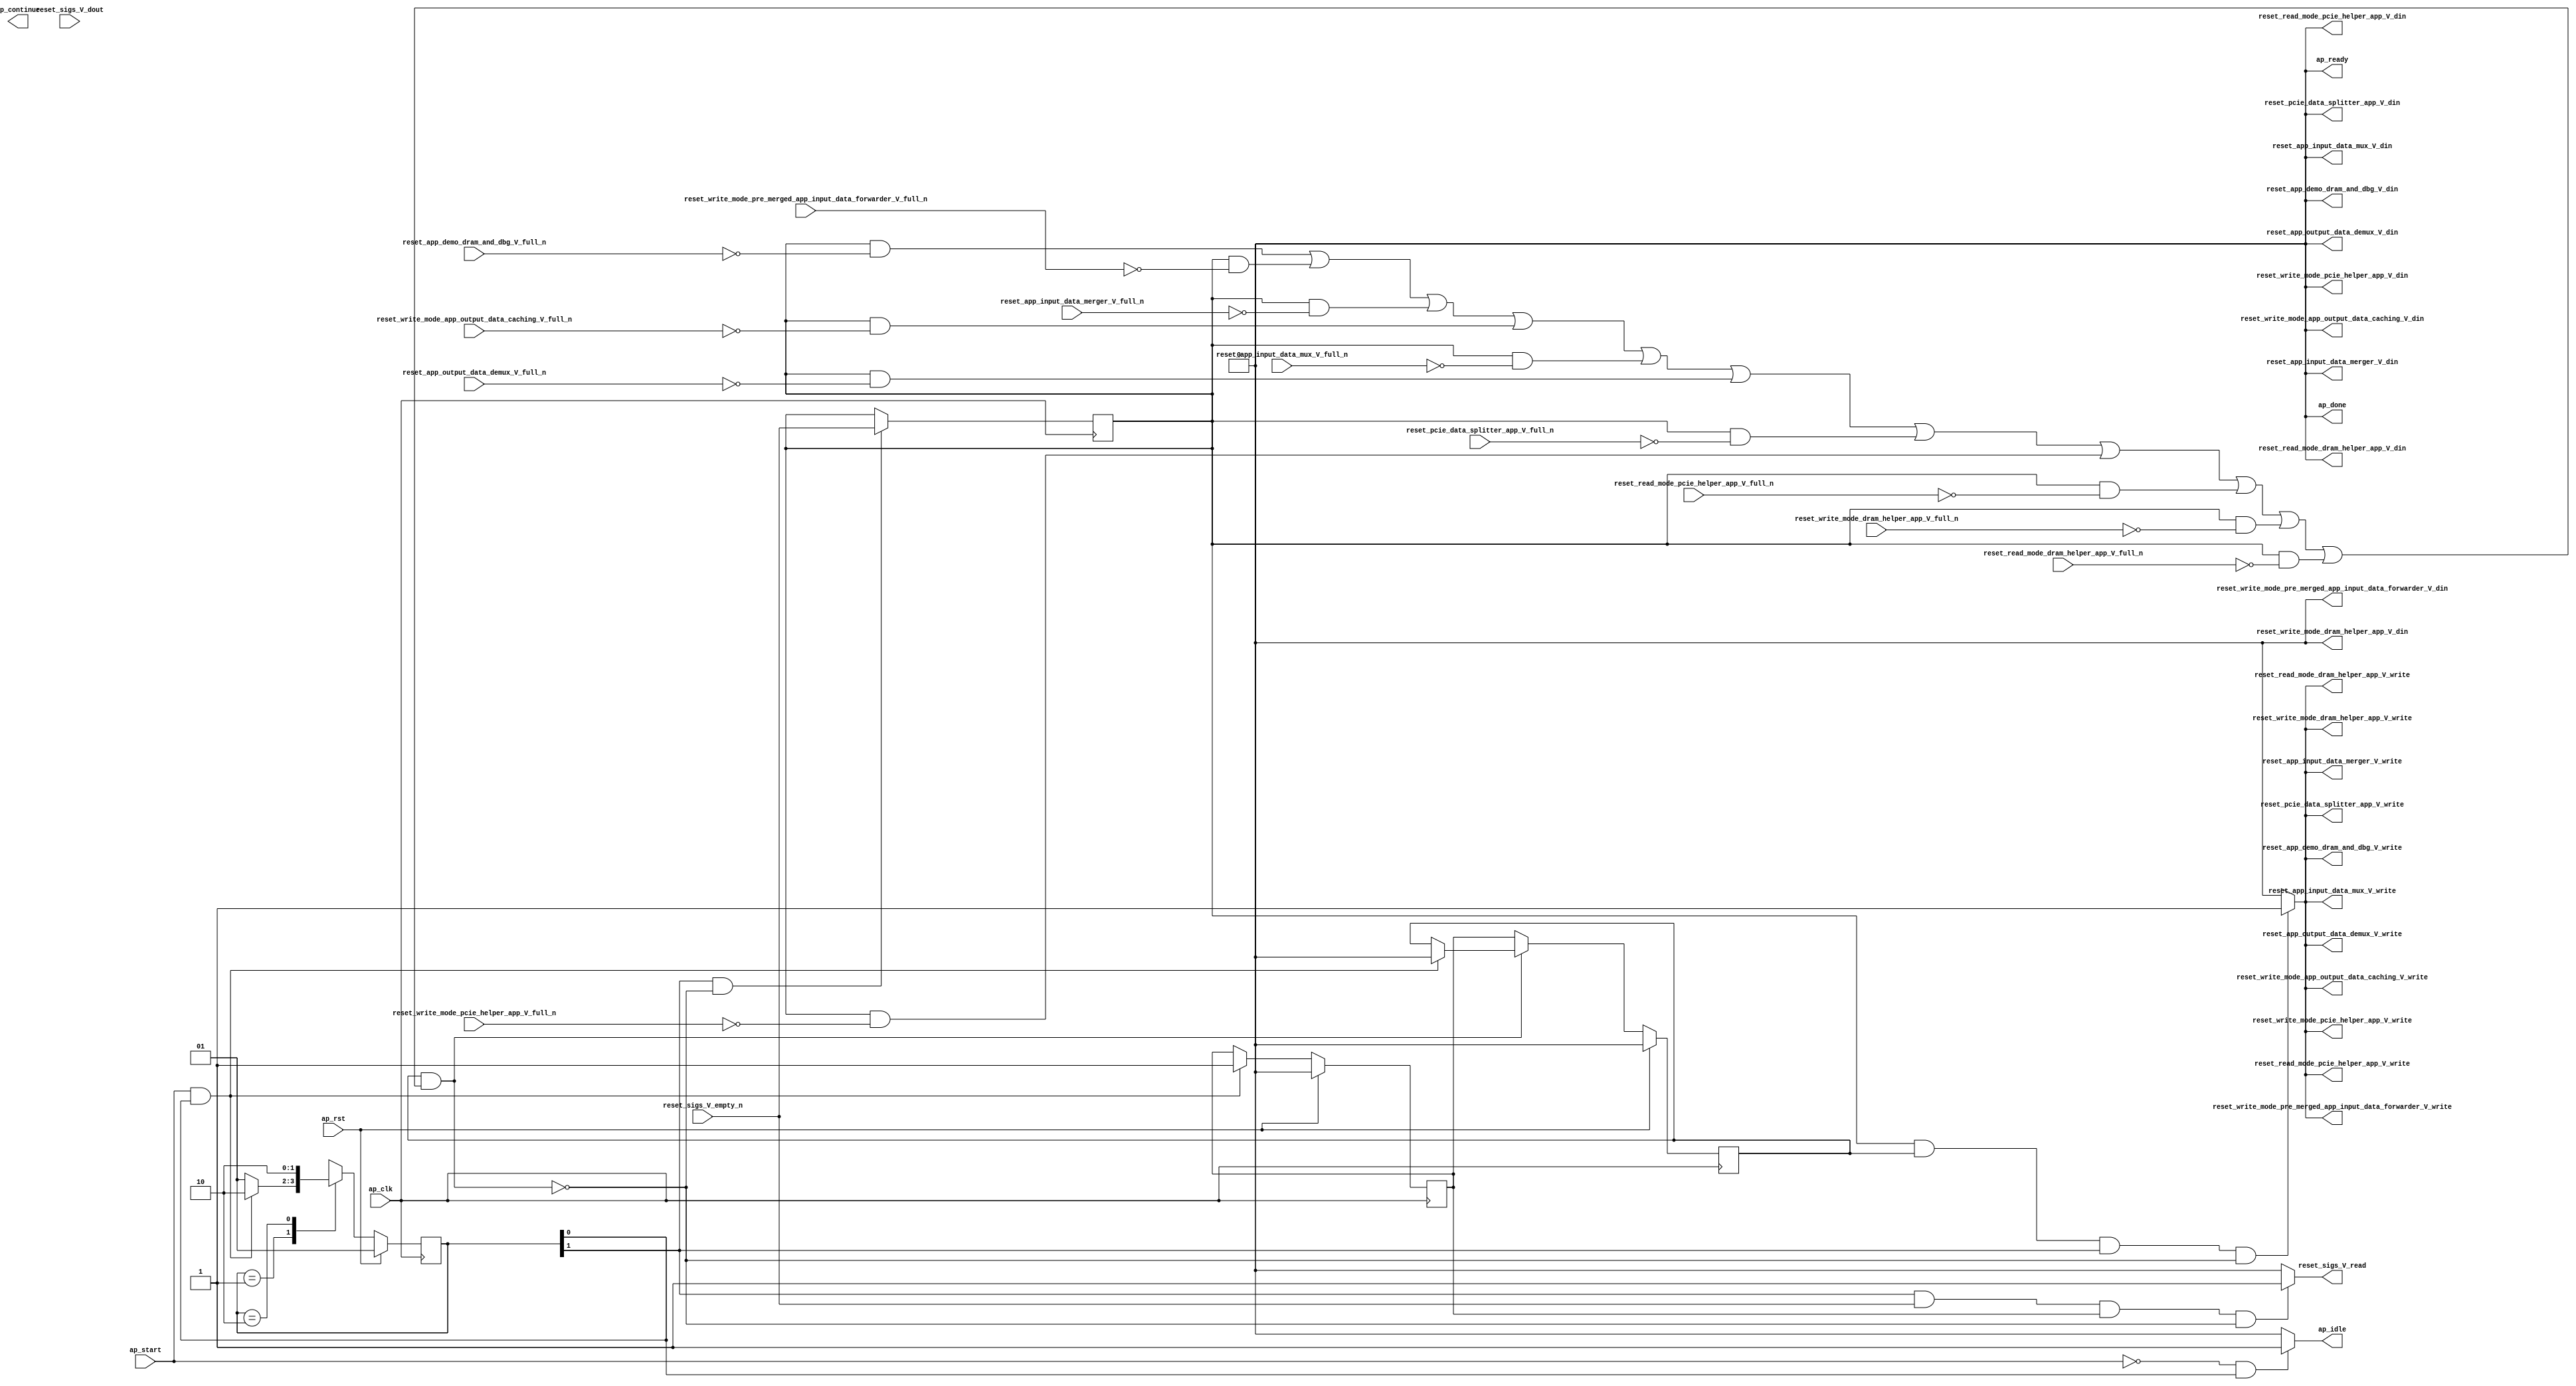
// ==============================================================
// RTL generated by Vivado(TM) HLS - High-Level Synthesis from C, C++ and SystemC
// Version: 2017.4.op
// Copyright (C) 1986-2018 Xilinx, Inc. All Rights Reserved.
// 
// ===========================================================

`timescale 1 ns / 1 ps 

(* CORE_GENERATION_INFO="reset_propaganda,hls_ip_2017_4_op,{HLS_INPUT_TYPE=cxx,HLS_INPUT_FLOAT=0,HLS_INPUT_FIXED=0,HLS_INPUT_PART=xcvu9p-flgb2104-2-i,HLS_INPUT_CLOCK=4.000000,HLS_INPUT_ARCH=others,HLS_SYN_CLOCK=1.458000,HLS_SYN_LAT=-1,HLS_SYN_TPT=none,HLS_SYN_MEM=0,HLS_SYN_DSP=0,HLS_SYN_FF=5,HLS_SYN_LUT=150}" *)

module reset_propaganda (
        ap_clk,
        ap_rst,
        ap_start,
        ap_done,
ap_continue,
        ap_idle,
        ap_ready,
        reset_app_demo_dram_and_dbg_V_din,
        reset_app_demo_dram_and_dbg_V_full_n,
        reset_app_demo_dram_and_dbg_V_write,
        reset_sigs_V_dout,
        reset_sigs_V_empty_n,
        reset_sigs_V_read,
        reset_read_mode_dram_helper_app_V_din,
        reset_read_mode_dram_helper_app_V_full_n,
        reset_read_mode_dram_helper_app_V_write,
        reset_write_mode_dram_helper_app_V_din,
        reset_write_mode_dram_helper_app_V_full_n,
        reset_write_mode_dram_helper_app_V_write,
        reset_read_mode_pcie_helper_app_V_din,
        reset_read_mode_pcie_helper_app_V_full_n,
        reset_read_mode_pcie_helper_app_V_write,
        reset_write_mode_pcie_helper_app_V_din,
        reset_write_mode_pcie_helper_app_V_full_n,
        reset_write_mode_pcie_helper_app_V_write,
        reset_pcie_data_splitter_app_V_din,
        reset_pcie_data_splitter_app_V_full_n,
        reset_pcie_data_splitter_app_V_write,
        reset_app_output_data_demux_V_din,
        reset_app_output_data_demux_V_full_n,
        reset_app_output_data_demux_V_write,
        reset_app_input_data_mux_V_din,
        reset_app_input_data_mux_V_full_n,
        reset_app_input_data_mux_V_write,
        reset_write_mode_app_output_data_caching_V_din,
        reset_write_mode_app_output_data_caching_V_full_n,
        reset_write_mode_app_output_data_caching_V_write,
        reset_app_input_data_merger_V_din,
        reset_app_input_data_merger_V_full_n,
        reset_app_input_data_merger_V_write,
        reset_write_mode_pre_merged_app_input_data_forwarder_V_din,
        reset_write_mode_pre_merged_app_input_data_forwarder_V_full_n,
        reset_write_mode_pre_merged_app_input_data_forwarder_V_write
);

parameter    ap_ST_fsm_state1 = 2'd1;
parameter    ap_ST_fsm_pp0_stage0 = 2'd2;

input   ap_clk;
input   ap_rst;
input   ap_start;
output   ap_done;
output   ap_idle;
output ap_ready; output ap_continue;
output   reset_app_demo_dram_and_dbg_V_din;
input   reset_app_demo_dram_and_dbg_V_full_n;
output   reset_app_demo_dram_and_dbg_V_write;
input   reset_sigs_V_dout;
input   reset_sigs_V_empty_n;
output   reset_sigs_V_read;
output   reset_read_mode_dram_helper_app_V_din;
input   reset_read_mode_dram_helper_app_V_full_n;
output   reset_read_mode_dram_helper_app_V_write;
output   reset_write_mode_dram_helper_app_V_din;
input   reset_write_mode_dram_helper_app_V_full_n;
output   reset_write_mode_dram_helper_app_V_write;
output   reset_read_mode_pcie_helper_app_V_din;
input   reset_read_mode_pcie_helper_app_V_full_n;
output   reset_read_mode_pcie_helper_app_V_write;
output   reset_write_mode_pcie_helper_app_V_din;
input   reset_write_mode_pcie_helper_app_V_full_n;
output   reset_write_mode_pcie_helper_app_V_write;
output   reset_pcie_data_splitter_app_V_din;
input   reset_pcie_data_splitter_app_V_full_n;
output   reset_pcie_data_splitter_app_V_write;
output   reset_app_output_data_demux_V_din;
input   reset_app_output_data_demux_V_full_n;
output   reset_app_output_data_demux_V_write;
output   reset_app_input_data_mux_V_din;
input   reset_app_input_data_mux_V_full_n;
output   reset_app_input_data_mux_V_write;
output   reset_write_mode_app_output_data_caching_V_din;
input   reset_write_mode_app_output_data_caching_V_full_n;
output   reset_write_mode_app_output_data_caching_V_write;
output   reset_app_input_data_merger_V_din;
input   reset_app_input_data_merger_V_full_n;
output   reset_app_input_data_merger_V_write;
output   reset_write_mode_pre_merged_app_input_data_forwarder_V_din;
input   reset_write_mode_pre_merged_app_input_data_forwarder_V_full_n;
output   reset_write_mode_pre_merged_app_input_data_forwarder_V_write;

reg ap_idle;
reg reset_app_demo_dram_and_dbg_V_write;
reg reset_sigs_V_read;
reg reset_read_mode_dram_helper_app_V_write;
reg reset_write_mode_dram_helper_app_V_write;
reg reset_read_mode_pcie_helper_app_V_write;
reg reset_write_mode_pcie_helper_app_V_write;
reg reset_pcie_data_splitter_app_V_write;
reg reset_app_output_data_demux_V_write;
reg reset_app_input_data_mux_V_write;
reg reset_write_mode_app_output_data_caching_V_write;
reg reset_app_input_data_merger_V_write;
reg reset_write_mode_pre_merged_app_input_data_forwarder_V_write;

(* fsm_encoding = "none" *) reg   [1:0] ap_CS_fsm;
wire    ap_CS_fsm_state1;
reg    reset_app_demo_dram_and_dbg_V_blk_n;
wire    ap_CS_fsm_pp0_stage0;
reg    ap_enable_reg_pp0_iter1;
wire    ap_block_pp0_stage0;
reg   [0:0] empty_n_reg_302;
reg    reset_read_mode_dram_helper_app_V_blk_n;
reg    reset_write_mode_dram_helper_app_V_blk_n;
reg    reset_read_mode_pcie_helper_app_V_blk_n;
reg    reset_write_mode_pcie_helper_app_V_blk_n;
reg    reset_pcie_data_splitter_app_V_blk_n;
reg    reset_app_output_data_demux_V_blk_n;
reg    reset_app_input_data_mux_V_blk_n;
reg    reset_write_mode_app_output_data_caching_V_blk_n;
reg    reset_app_input_data_merger_V_blk_n;
reg    reset_write_mode_pre_merged_app_input_data_forwarder_V_blk_n;
wire    ap_block_state2_pp0_stage0_iter0;
reg    ap_block_state3_pp0_stage0_iter1;
reg    ap_block_pp0_stage0_11001;
reg    ap_enable_reg_pp0_iter0;
reg    ap_block_pp0_stage0_subdone;
reg    ap_block_pp0_stage0_01001;
reg   [1:0] ap_NS_fsm;
reg    ap_idle_pp0;
wire    ap_enable_pp0;

// power-on initialization
initial begin
#0 ap_CS_fsm = 2'd1;
#0 ap_enable_reg_pp0_iter1 = 1'b0;
#0 ap_enable_reg_pp0_iter0 = 1'b0;
end

always @ (posedge ap_clk) begin
    if (ap_rst == 1'b1) begin
        ap_CS_fsm <= ap_ST_fsm_state1;
    end else begin
        ap_CS_fsm <= ap_NS_fsm;
    end
end

always @ (posedge ap_clk) begin
    if (ap_rst == 1'b1) begin
        ap_enable_reg_pp0_iter0 <= 1'b0;
    end else begin
        if (((ap_start == 1'b1) & (1'b1 == ap_CS_fsm_state1))) begin
            ap_enable_reg_pp0_iter0 <= 1'b1;
        end
    end
end

always @ (posedge ap_clk) begin
    if (ap_rst == 1'b1) begin
        ap_enable_reg_pp0_iter1 <= 1'b0;
    end else begin
        if ((1'b0 == ap_block_pp0_stage0_subdone)) begin
            ap_enable_reg_pp0_iter1 <= ap_enable_reg_pp0_iter0;
        end else if (((ap_start == 1'b1) & (1'b1 == ap_CS_fsm_state1))) begin
            ap_enable_reg_pp0_iter1 <= 1'b0;
        end
    end
end

always @ (posedge ap_clk) begin
    if (((1'b1 == ap_CS_fsm_pp0_stage0) & (1'b0 == ap_block_pp0_stage0_11001))) begin
        empty_n_reg_302 <= reset_sigs_V_empty_n;
    end
end

always @ (*) begin
    if (((ap_start == 1'b0) & (1'b1 == ap_CS_fsm_state1))) begin
        ap_idle = 1'b1;
    end else begin
        ap_idle = 1'b0;
    end
end

always @ (*) begin
    if (((ap_enable_reg_pp0_iter1 == 1'b0) & (ap_enable_reg_pp0_iter0 == 1'b0))) begin
        ap_idle_pp0 = 1'b1;
    end else begin
        ap_idle_pp0 = 1'b0;
    end
end

always @ (*) begin
    if (((empty_n_reg_302 == 1'd1) & (1'b0 == ap_block_pp0_stage0) & (ap_enable_reg_pp0_iter1 == 1'b1) & (1'b1 == ap_CS_fsm_pp0_stage0))) begin
        reset_app_demo_dram_and_dbg_V_blk_n = reset_app_demo_dram_and_dbg_V_full_n;
    end else begin
        reset_app_demo_dram_and_dbg_V_blk_n = 1'b1;
    end
end

always @ (*) begin
    if (((empty_n_reg_302 == 1'd1) & (ap_enable_reg_pp0_iter1 == 1'b1) & (1'b1 == ap_CS_fsm_pp0_stage0) & (1'b0 == ap_block_pp0_stage0_11001))) begin
        reset_app_demo_dram_and_dbg_V_write = 1'b1;
    end else begin
        reset_app_demo_dram_and_dbg_V_write = 1'b0;
    end
end

always @ (*) begin
    if (((empty_n_reg_302 == 1'd1) & (1'b0 == ap_block_pp0_stage0) & (ap_enable_reg_pp0_iter1 == 1'b1) & (1'b1 == ap_CS_fsm_pp0_stage0))) begin
        reset_app_input_data_merger_V_blk_n = reset_app_input_data_merger_V_full_n;
    end else begin
        reset_app_input_data_merger_V_blk_n = 1'b1;
    end
end

always @ (*) begin
    if (((empty_n_reg_302 == 1'd1) & (ap_enable_reg_pp0_iter1 == 1'b1) & (1'b1 == ap_CS_fsm_pp0_stage0) & (1'b0 == ap_block_pp0_stage0_11001))) begin
        reset_app_input_data_merger_V_write = 1'b1;
    end else begin
        reset_app_input_data_merger_V_write = 1'b0;
    end
end

always @ (*) begin
    if (((empty_n_reg_302 == 1'd1) & (1'b0 == ap_block_pp0_stage0) & (ap_enable_reg_pp0_iter1 == 1'b1) & (1'b1 == ap_CS_fsm_pp0_stage0))) begin
        reset_app_input_data_mux_V_blk_n = reset_app_input_data_mux_V_full_n;
    end else begin
        reset_app_input_data_mux_V_blk_n = 1'b1;
    end
end

always @ (*) begin
    if (((empty_n_reg_302 == 1'd1) & (ap_enable_reg_pp0_iter1 == 1'b1) & (1'b1 == ap_CS_fsm_pp0_stage0) & (1'b0 == ap_block_pp0_stage0_11001))) begin
        reset_app_input_data_mux_V_write = 1'b1;
    end else begin
        reset_app_input_data_mux_V_write = 1'b0;
    end
end

always @ (*) begin
    if (((empty_n_reg_302 == 1'd1) & (1'b0 == ap_block_pp0_stage0) & (ap_enable_reg_pp0_iter1 == 1'b1) & (1'b1 == ap_CS_fsm_pp0_stage0))) begin
        reset_app_output_data_demux_V_blk_n = reset_app_output_data_demux_V_full_n;
    end else begin
        reset_app_output_data_demux_V_blk_n = 1'b1;
    end
end

always @ (*) begin
    if (((empty_n_reg_302 == 1'd1) & (ap_enable_reg_pp0_iter1 == 1'b1) & (1'b1 == ap_CS_fsm_pp0_stage0) & (1'b0 == ap_block_pp0_stage0_11001))) begin
        reset_app_output_data_demux_V_write = 1'b1;
    end else begin
        reset_app_output_data_demux_V_write = 1'b0;
    end
end

always @ (*) begin
    if (((empty_n_reg_302 == 1'd1) & (1'b0 == ap_block_pp0_stage0) & (ap_enable_reg_pp0_iter1 == 1'b1) & (1'b1 == ap_CS_fsm_pp0_stage0))) begin
        reset_pcie_data_splitter_app_V_blk_n = reset_pcie_data_splitter_app_V_full_n;
    end else begin
        reset_pcie_data_splitter_app_V_blk_n = 1'b1;
    end
end

always @ (*) begin
    if (((empty_n_reg_302 == 1'd1) & (ap_enable_reg_pp0_iter1 == 1'b1) & (1'b1 == ap_CS_fsm_pp0_stage0) & (1'b0 == ap_block_pp0_stage0_11001))) begin
        reset_pcie_data_splitter_app_V_write = 1'b1;
    end else begin
        reset_pcie_data_splitter_app_V_write = 1'b0;
    end
end

always @ (*) begin
    if (((empty_n_reg_302 == 1'd1) & (1'b0 == ap_block_pp0_stage0) & (ap_enable_reg_pp0_iter1 == 1'b1) & (1'b1 == ap_CS_fsm_pp0_stage0))) begin
        reset_read_mode_dram_helper_app_V_blk_n = reset_read_mode_dram_helper_app_V_full_n;
    end else begin
        reset_read_mode_dram_helper_app_V_blk_n = 1'b1;
    end
end

always @ (*) begin
    if (((empty_n_reg_302 == 1'd1) & (ap_enable_reg_pp0_iter1 == 1'b1) & (1'b1 == ap_CS_fsm_pp0_stage0) & (1'b0 == ap_block_pp0_stage0_11001))) begin
        reset_read_mode_dram_helper_app_V_write = 1'b1;
    end else begin
        reset_read_mode_dram_helper_app_V_write = 1'b0;
    end
end

always @ (*) begin
    if (((empty_n_reg_302 == 1'd1) & (1'b0 == ap_block_pp0_stage0) & (ap_enable_reg_pp0_iter1 == 1'b1) & (1'b1 == ap_CS_fsm_pp0_stage0))) begin
        reset_read_mode_pcie_helper_app_V_blk_n = reset_read_mode_pcie_helper_app_V_full_n;
    end else begin
        reset_read_mode_pcie_helper_app_V_blk_n = 1'b1;
    end
end

always @ (*) begin
    if (((empty_n_reg_302 == 1'd1) & (ap_enable_reg_pp0_iter1 == 1'b1) & (1'b1 == ap_CS_fsm_pp0_stage0) & (1'b0 == ap_block_pp0_stage0_11001))) begin
        reset_read_mode_pcie_helper_app_V_write = 1'b1;
    end else begin
        reset_read_mode_pcie_helper_app_V_write = 1'b0;
    end
end

always @ (*) begin
    if (((1'b1 == ap_CS_fsm_pp0_stage0) & (reset_sigs_V_empty_n == 1'b1) & (ap_enable_reg_pp0_iter0 == 1'b1) & (1'b0 == ap_block_pp0_stage0_11001))) begin
        reset_sigs_V_read = 1'b1;
    end else begin
        reset_sigs_V_read = 1'b0;
    end
end

always @ (*) begin
    if (((empty_n_reg_302 == 1'd1) & (1'b0 == ap_block_pp0_stage0) & (ap_enable_reg_pp0_iter1 == 1'b1) & (1'b1 == ap_CS_fsm_pp0_stage0))) begin
        reset_write_mode_app_output_data_caching_V_blk_n = reset_write_mode_app_output_data_caching_V_full_n;
    end else begin
        reset_write_mode_app_output_data_caching_V_blk_n = 1'b1;
    end
end

always @ (*) begin
    if (((empty_n_reg_302 == 1'd1) & (ap_enable_reg_pp0_iter1 == 1'b1) & (1'b1 == ap_CS_fsm_pp0_stage0) & (1'b0 == ap_block_pp0_stage0_11001))) begin
        reset_write_mode_app_output_data_caching_V_write = 1'b1;
    end else begin
        reset_write_mode_app_output_data_caching_V_write = 1'b0;
    end
end

always @ (*) begin
    if (((empty_n_reg_302 == 1'd1) & (1'b0 == ap_block_pp0_stage0) & (ap_enable_reg_pp0_iter1 == 1'b1) & (1'b1 == ap_CS_fsm_pp0_stage0))) begin
        reset_write_mode_dram_helper_app_V_blk_n = reset_write_mode_dram_helper_app_V_full_n;
    end else begin
        reset_write_mode_dram_helper_app_V_blk_n = 1'b1;
    end
end

always @ (*) begin
    if (((empty_n_reg_302 == 1'd1) & (ap_enable_reg_pp0_iter1 == 1'b1) & (1'b1 == ap_CS_fsm_pp0_stage0) & (1'b0 == ap_block_pp0_stage0_11001))) begin
        reset_write_mode_dram_helper_app_V_write = 1'b1;
    end else begin
        reset_write_mode_dram_helper_app_V_write = 1'b0;
    end
end

always @ (*) begin
    if (((empty_n_reg_302 == 1'd1) & (1'b0 == ap_block_pp0_stage0) & (ap_enable_reg_pp0_iter1 == 1'b1) & (1'b1 == ap_CS_fsm_pp0_stage0))) begin
        reset_write_mode_pcie_helper_app_V_blk_n = reset_write_mode_pcie_helper_app_V_full_n;
    end else begin
        reset_write_mode_pcie_helper_app_V_blk_n = 1'b1;
    end
end

always @ (*) begin
    if (((empty_n_reg_302 == 1'd1) & (ap_enable_reg_pp0_iter1 == 1'b1) & (1'b1 == ap_CS_fsm_pp0_stage0) & (1'b0 == ap_block_pp0_stage0_11001))) begin
        reset_write_mode_pcie_helper_app_V_write = 1'b1;
    end else begin
        reset_write_mode_pcie_helper_app_V_write = 1'b0;
    end
end

always @ (*) begin
    if (((empty_n_reg_302 == 1'd1) & (1'b0 == ap_block_pp0_stage0) & (ap_enable_reg_pp0_iter1 == 1'b1) & (1'b1 == ap_CS_fsm_pp0_stage0))) begin
        reset_write_mode_pre_merged_app_input_data_forwarder_V_blk_n = reset_write_mode_pre_merged_app_input_data_forwarder_V_full_n;
    end else begin
        reset_write_mode_pre_merged_app_input_data_forwarder_V_blk_n = 1'b1;
    end
end

always @ (*) begin
    if (((empty_n_reg_302 == 1'd1) & (ap_enable_reg_pp0_iter1 == 1'b1) & (1'b1 == ap_CS_fsm_pp0_stage0) & (1'b0 == ap_block_pp0_stage0_11001))) begin
        reset_write_mode_pre_merged_app_input_data_forwarder_V_write = 1'b1;
    end else begin
        reset_write_mode_pre_merged_app_input_data_forwarder_V_write = 1'b0;
    end
end

always @ (*) begin
    case (ap_CS_fsm)
        ap_ST_fsm_state1 : begin
            if (((ap_start == 1'b1) & (1'b1 == ap_CS_fsm_state1))) begin
                ap_NS_fsm = ap_ST_fsm_pp0_stage0;
            end else begin
                ap_NS_fsm = ap_ST_fsm_state1;
            end
        end
        ap_ST_fsm_pp0_stage0 : begin
            ap_NS_fsm = ap_ST_fsm_pp0_stage0;
        end
        default : begin
            ap_NS_fsm = 'bx;
        end
    endcase
end

assign ap_CS_fsm_pp0_stage0 = ap_CS_fsm[32'd1];

assign ap_CS_fsm_state1 = ap_CS_fsm[32'd0];

assign ap_block_pp0_stage0 = ~(1'b1 == 1'b1);

always @ (*) begin
    ap_block_pp0_stage0_01001 = ((ap_enable_reg_pp0_iter1 == 1'b1) & (((empty_n_reg_302 == 1'd1) & (reset_app_demo_dram_and_dbg_V_full_n == 1'b0)) | ((empty_n_reg_302 == 1'd1) & (reset_write_mode_pre_merged_app_input_data_forwarder_V_full_n == 1'b0)) | ((empty_n_reg_302 == 1'd1) & (reset_app_input_data_merger_V_full_n == 1'b0)) | ((empty_n_reg_302 == 1'd1) & (reset_write_mode_app_output_data_caching_V_full_n == 1'b0)) | ((empty_n_reg_302 == 1'd1) & (reset_app_input_data_mux_V_full_n == 1'b0)) | ((empty_n_reg_302 == 1'd1) & (reset_app_output_data_demux_V_full_n == 1'b0)) | ((empty_n_reg_302 == 1'd1) & (reset_pcie_data_splitter_app_V_full_n == 1'b0)) | ((empty_n_reg_302 == 1'd1) & (reset_write_mode_pcie_helper_app_V_full_n == 1'b0)) | ((empty_n_reg_302 == 1'd1) & (reset_read_mode_pcie_helper_app_V_full_n == 1'b0)) | ((empty_n_reg_302 == 1'd1) & (reset_write_mode_dram_helper_app_V_full_n == 1'b0)) | ((empty_n_reg_302 == 1'd1) & (reset_read_mode_dram_helper_app_V_full_n == 1'b0))));
end

always @ (*) begin
    ap_block_pp0_stage0_11001 = ((ap_enable_reg_pp0_iter1 == 1'b1) & (((empty_n_reg_302 == 1'd1) & (reset_app_demo_dram_and_dbg_V_full_n == 1'b0)) | ((empty_n_reg_302 == 1'd1) & (reset_write_mode_pre_merged_app_input_data_forwarder_V_full_n == 1'b0)) | ((empty_n_reg_302 == 1'd1) & (reset_app_input_data_merger_V_full_n == 1'b0)) | ((empty_n_reg_302 == 1'd1) & (reset_write_mode_app_output_data_caching_V_full_n == 1'b0)) | ((empty_n_reg_302 == 1'd1) & (reset_app_input_data_mux_V_full_n == 1'b0)) | ((empty_n_reg_302 == 1'd1) & (reset_app_output_data_demux_V_full_n == 1'b0)) | ((empty_n_reg_302 == 1'd1) & (reset_pcie_data_splitter_app_V_full_n == 1'b0)) | ((empty_n_reg_302 == 1'd1) & (reset_write_mode_pcie_helper_app_V_full_n == 1'b0)) | ((empty_n_reg_302 == 1'd1) & (reset_read_mode_pcie_helper_app_V_full_n == 1'b0)) | ((empty_n_reg_302 == 1'd1) & (reset_write_mode_dram_helper_app_V_full_n == 1'b0)) | ((empty_n_reg_302 == 1'd1) & (reset_read_mode_dram_helper_app_V_full_n == 1'b0))));
end

always @ (*) begin
    ap_block_pp0_stage0_subdone = ((ap_enable_reg_pp0_iter1 == 1'b1) & (((empty_n_reg_302 == 1'd1) & (reset_app_demo_dram_and_dbg_V_full_n == 1'b0)) | ((empty_n_reg_302 == 1'd1) & (reset_write_mode_pre_merged_app_input_data_forwarder_V_full_n == 1'b0)) | ((empty_n_reg_302 == 1'd1) & (reset_app_input_data_merger_V_full_n == 1'b0)) | ((empty_n_reg_302 == 1'd1) & (reset_write_mode_app_output_data_caching_V_full_n == 1'b0)) | ((empty_n_reg_302 == 1'd1) & (reset_app_input_data_mux_V_full_n == 1'b0)) | ((empty_n_reg_302 == 1'd1) & (reset_app_output_data_demux_V_full_n == 1'b0)) | ((empty_n_reg_302 == 1'd1) & (reset_pcie_data_splitter_app_V_full_n == 1'b0)) | ((empty_n_reg_302 == 1'd1) & (reset_write_mode_pcie_helper_app_V_full_n == 1'b0)) | ((empty_n_reg_302 == 1'd1) & (reset_read_mode_pcie_helper_app_V_full_n == 1'b0)) | ((empty_n_reg_302 == 1'd1) & (reset_write_mode_dram_helper_app_V_full_n == 1'b0)) | ((empty_n_reg_302 == 1'd1) & (reset_read_mode_dram_helper_app_V_full_n == 1'b0))));
end

assign ap_block_state2_pp0_stage0_iter0 = ~(1'b1 == 1'b1);

always @ (*) begin
    ap_block_state3_pp0_stage0_iter1 = (((empty_n_reg_302 == 1'd1) & (reset_app_demo_dram_and_dbg_V_full_n == 1'b0)) | ((empty_n_reg_302 == 1'd1) & (reset_write_mode_pre_merged_app_input_data_forwarder_V_full_n == 1'b0)) | ((empty_n_reg_302 == 1'd1) & (reset_app_input_data_merger_V_full_n == 1'b0)) | ((empty_n_reg_302 == 1'd1) & (reset_write_mode_app_output_data_caching_V_full_n == 1'b0)) | ((empty_n_reg_302 == 1'd1) & (reset_app_input_data_mux_V_full_n == 1'b0)) | ((empty_n_reg_302 == 1'd1) & (reset_app_output_data_demux_V_full_n == 1'b0)) | ((empty_n_reg_302 == 1'd1) & (reset_pcie_data_splitter_app_V_full_n == 1'b0)) | ((empty_n_reg_302 == 1'd1) & (reset_write_mode_pcie_helper_app_V_full_n == 1'b0)) | ((empty_n_reg_302 == 1'd1) & (reset_read_mode_pcie_helper_app_V_full_n == 1'b0)) | ((empty_n_reg_302 == 1'd1) & (reset_write_mode_dram_helper_app_V_full_n == 1'b0)) | ((empty_n_reg_302 == 1'd1) & (reset_read_mode_dram_helper_app_V_full_n == 1'b0)));
end

assign ap_done = 1'b0;

assign ap_enable_pp0 = (ap_idle_pp0 ^ 1'b1);

assign ap_ready = 1'b0;

assign reset_app_demo_dram_and_dbg_V_din = 1'd0;

assign reset_app_input_data_merger_V_din = 1'd0;

assign reset_app_input_data_mux_V_din = 1'd0;

assign reset_app_output_data_demux_V_din = 1'd0;

assign reset_pcie_data_splitter_app_V_din = 1'd0;

assign reset_read_mode_dram_helper_app_V_din = 1'd0;

assign reset_read_mode_pcie_helper_app_V_din = 1'd0;

assign reset_write_mode_app_output_data_caching_V_din = 1'd0;

assign reset_write_mode_dram_helper_app_V_din = 1'd0;

assign reset_write_mode_pcie_helper_app_V_din = 1'd0;

assign reset_write_mode_pre_merged_app_input_data_forwarder_V_din = 1'd0;

endmodule //reset_propaganda